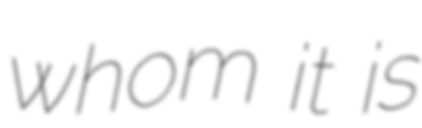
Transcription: whom it is